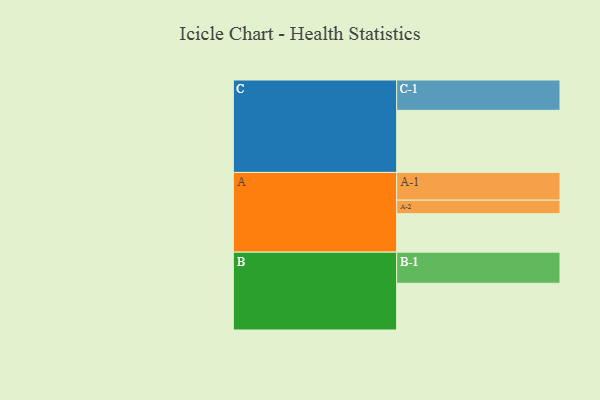
{"axis": {"x": "Segment", "y": "Value"}, "legend": ["", "A", "B", "C"], "data": [{"x": "A", "y": 351, "type": ""}, {"x": "B", "y": 427, "type": ""}, {"x": "C", "y": 567, "type": ""}, {"x": "A-1", "y": 253, "type": "A"}, {"x": "A-2", "y": 124, "type": "A"}, {"x": "B-1", "y": 284, "type": "B"}, {"x": "C-1", "y": 277, "type": "C"}]}